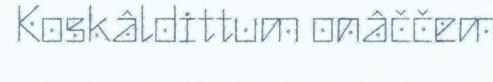
Koskâldittum onâččem